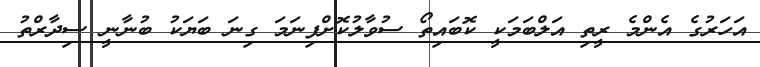
އަހަރުގެ އެންމެ ރީތި އަލްބަމަކީ ކޮބައިތޯ ސުވާލުކޮށްފިނަމަ ގިނަ ބަޔަކު ބުނާނީ ސިދާރްތު